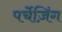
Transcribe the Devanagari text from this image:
पर्चेज़िंग